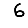
Digit: 6